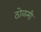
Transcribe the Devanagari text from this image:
ठोळमी